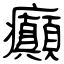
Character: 癲